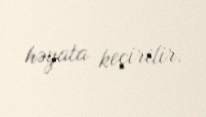
həyata keçirilir.